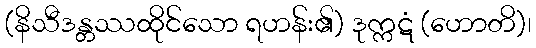
(နိသီဒန္တဿထိုင်သော ရဟန်း၏) ဒုက္ကဋံ (ဟောတိ)၊